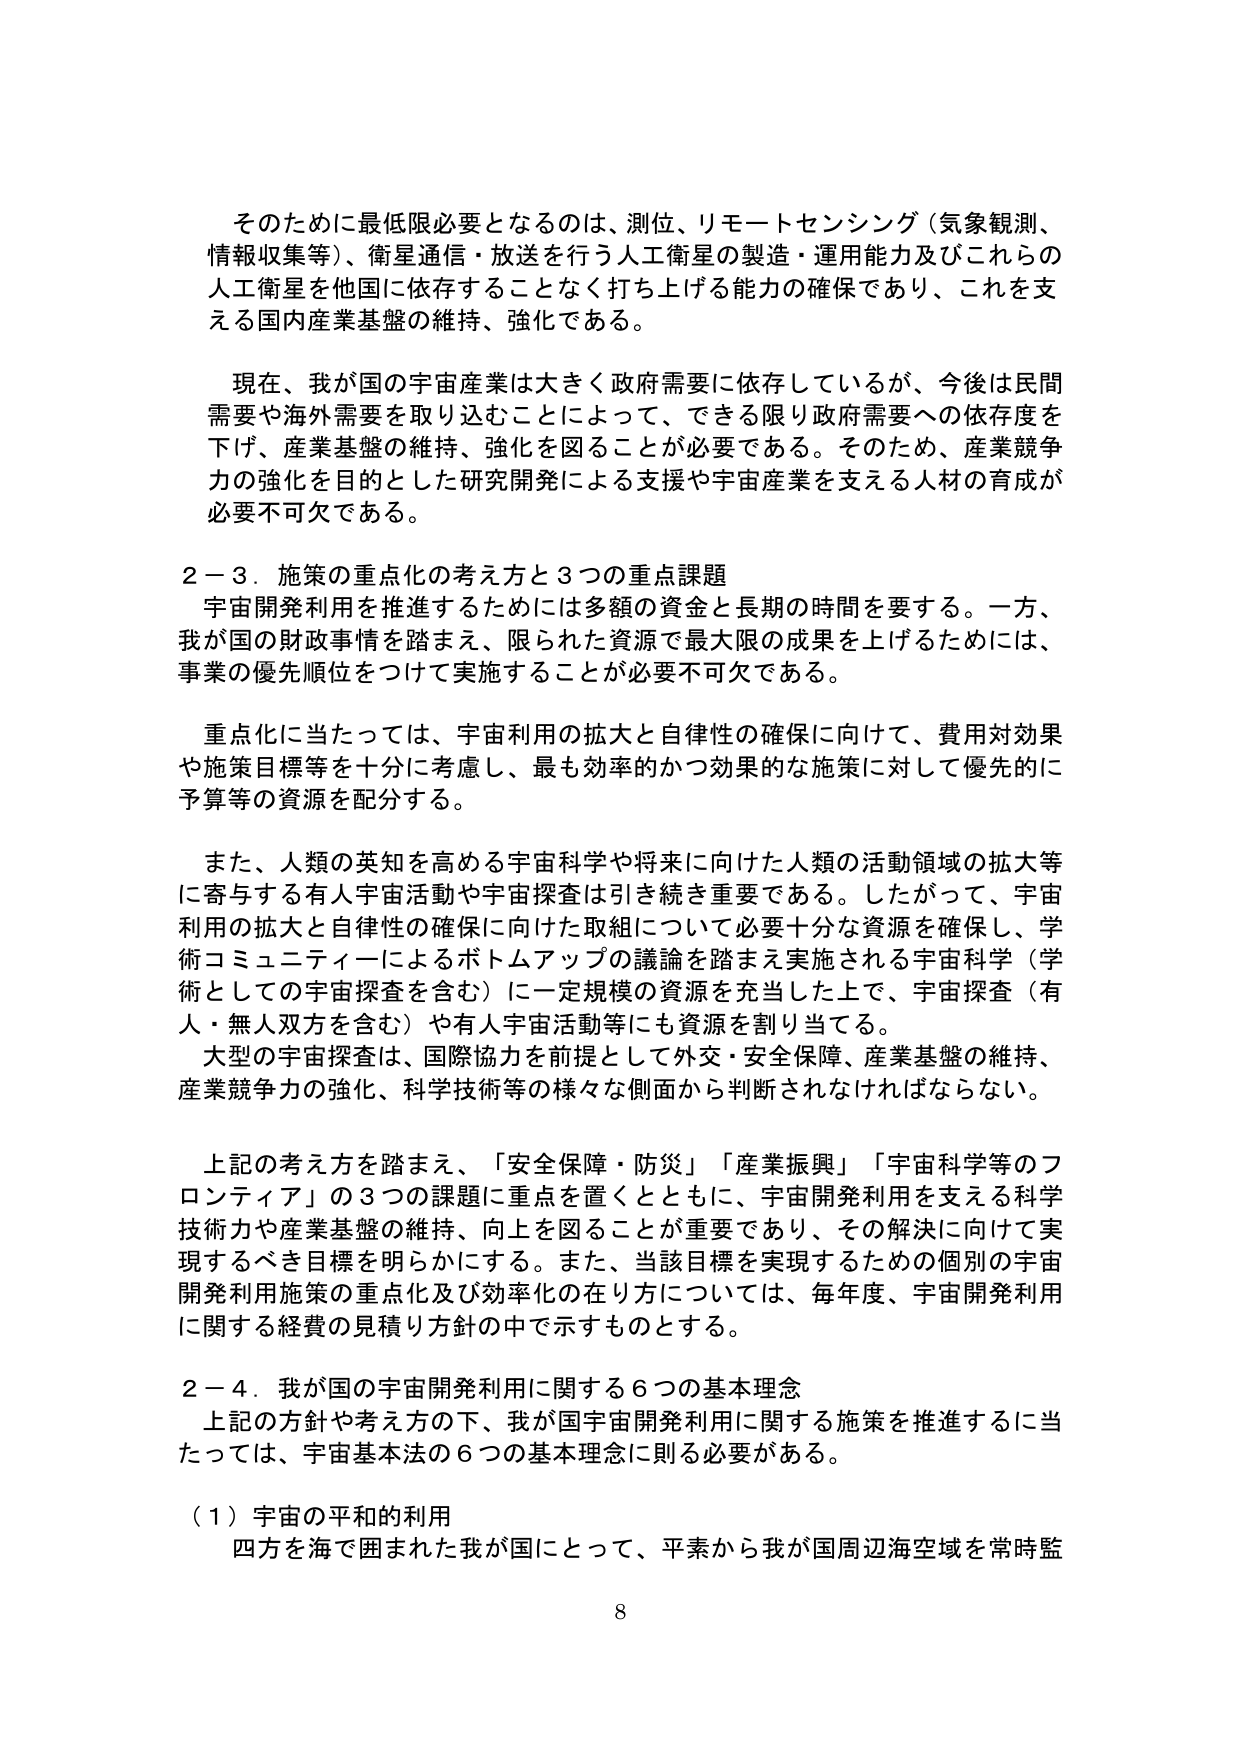
そのためには最低限必要となるのは、測位、リモートセンシング（気象観測、情報収集等）、衛星通信・放送を行う人工衛星の製造・運用能力及びこれらの人工衛星を他国に依存することなく打ち上げる能力の確保であり、これを支える国内産業基盤の維持、強化である。

現在、我が国の宇宙産業は大きく政府需要に依存しているが、今後は民間需要や海外需要を取り込むことによって、できる限り政府需要への依存度を下げ、産業基盤の維持、強化を図ることが必要である。そのため、産業競争力の強化を目的とした研究開発による支援や宇宙産業を支える人材の育成が必要不可欠である。

２－３．施策の重点化の考え方と３つの重点課題
宇宙開発利用を推進するためには多額の資金と長期の時間を要する。一方、我が国の財政事情を踏まえ、限られた資源で最大限の成果を上げるためには、事業の優先順位をつけて実施することが必要不可欠である。

重点化に当たっては、宇宙利用の拡大と自律性の確保に向けて、費用対効果や施策目標等を十分に考慮し、最も効率的かつ効果的な施策に対して優先的に予算等の資源を配分する。

また、人類の英知を高める宇宙科学や将来に向けた人類の活動領域の拡大等に寄与する有人宇宙活動や宇宙探査は引き続き重要である。したがって、宇宙利用の拡大と自律性の確保に向けた取組について必要十分な資源を確保し、学術コミュニティによるボトムアップの議論を踏まえ実施される宇宙科学（学術としての宇宙探査を含む）に一定規模の資源を充当した上で、宇宙探査（有人・無人双方を含む）や有人宇宙活動等にも資源を割り当てる。

大型の宇宙探査は、国際協力を前提として外交・安全保障、産業基盤の維持、産業競争力の強化、科学技術等の様々な側面から判断されなければならない。

上記の考え方を踏まえ、「安全保障・防災」「産業振興」「宇宙科学等のフロンティア」の３つの課題に重点を置くとともに、宇宙開発利用を支える科学技術力や産業基盤の維持、向上を図ることが重要であり、その解決に向けて実現するべき目標を明らかにする。また、当該目標を実現するための個別の宇宙開発利用施策の重点化及び効率化の在り方については、毎年度、宇宙開発利用に関する経費の見積り方針の中で示すものとする。

２－４．我が国の宇宙開発利用に関する６つの基本理念
上記の方針や考え方の下、我が国宇宙開発利用に関する施策を推進するに当たっては、宇宙基本法の６つの基本理念に則る必要がある。

（１）宇宙の平和的利用
四方を海で囲まれた我が国にとって、平素から我が国周辺海空域を常時監

8